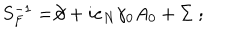
LaTeX: S _ { F } ^ { - 1 } = \not \! \partial + i e _ { N } \gamma _ { 0 } A _ { 0 } + \Sigma \; ;